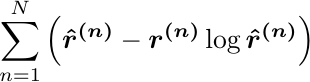
\begin{equation*}
    \sum_{n=1}^N \left( \boldsymbol{\hat r^{(n)}} - \boldsymbol{r^{(n)}} \log \boldsymbol{\hat r^{(n)}}\right)
\end{equation*}\label{eq:poisson-loss}